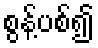
စွန့်ပစ်၍